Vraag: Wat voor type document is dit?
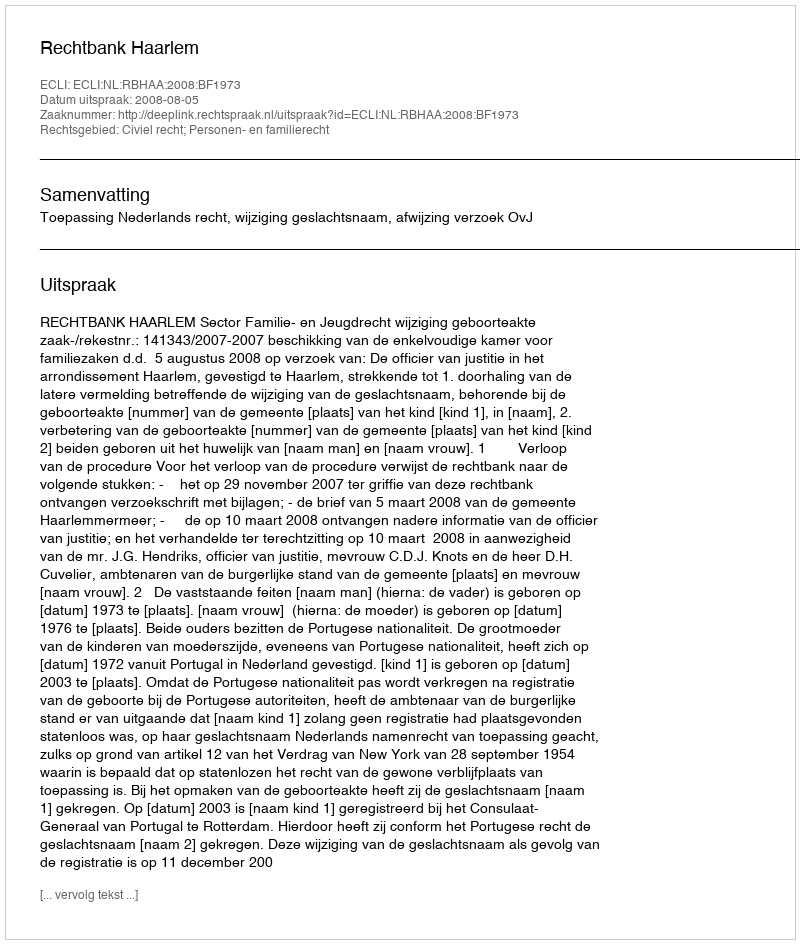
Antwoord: Uitspraak